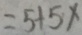
= 5 + 5 x